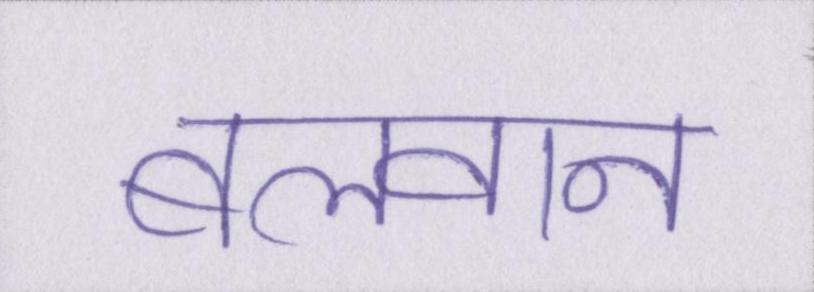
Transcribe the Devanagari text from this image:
बलवान